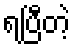
ရပြီတဲ့